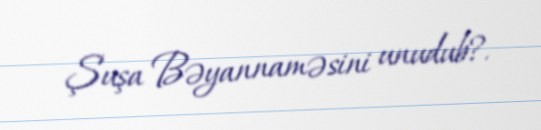
Şuşa Bəyannaməsini unudub?.